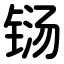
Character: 铴